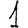
Digit: 1